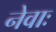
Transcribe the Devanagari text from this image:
नेवाः